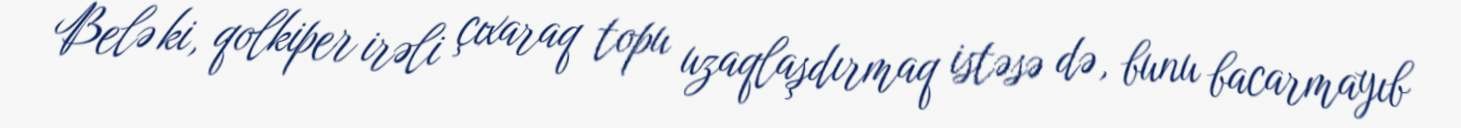
Belə ki, qolkiper irəli çıxaraq topu uzaqlaşdırmaq istəsə də, bunu bacarmayıb